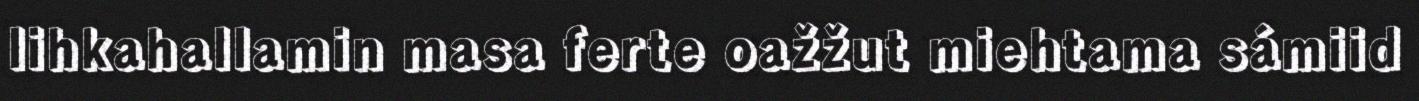
lihkahallamin masa ferte oažžut miehtama sámiid